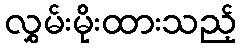
လွှမ်းမိုးထားသည့်